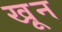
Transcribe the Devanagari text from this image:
खू़न